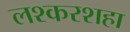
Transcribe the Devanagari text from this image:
लश्करशहा